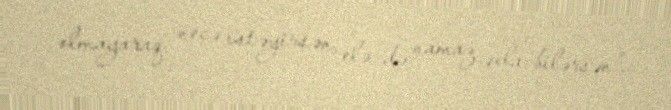
olmayaraq, necə istəyirsən, elə də namaz qıla bilərsən”.